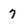
Character: 7